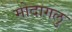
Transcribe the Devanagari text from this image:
मोदागलु